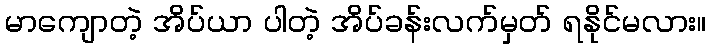
မာကျောတဲ့ အိပ်ယာ ပါတဲ့ အိပ်ခန်းလက်မှတ် ရနိုင်မလား။